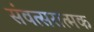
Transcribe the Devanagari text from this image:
संवत्सरात्मक